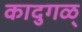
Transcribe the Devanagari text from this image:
कादुगळ्